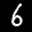
Label: 6